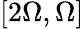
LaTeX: [2\Omega,\Omega]